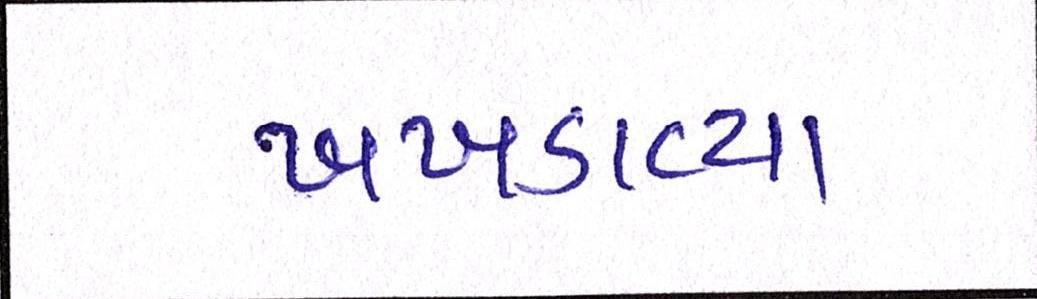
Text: ખખડાવ્યા